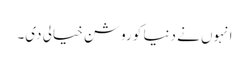
انہوں نے دنیا کو روشن خیالی دی۔